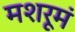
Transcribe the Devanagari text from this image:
मशरूमं